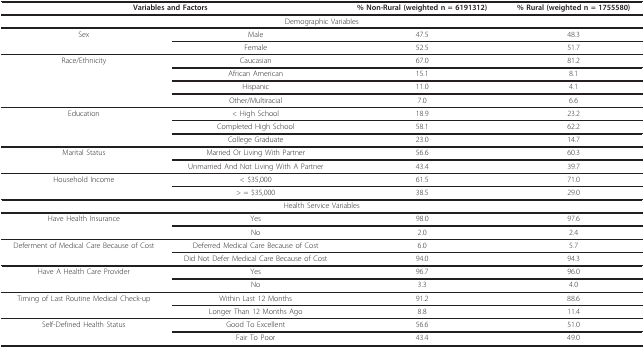
<table><thead><tr><td colspan="2"><b>Variables and Factors</b></td><td><b>% Non-Rural (weighted n = 6191312)</b></td><td><b>% Rural (weighted n = 1755580)</b></td></tr></thead><tbody><tr><td colspan="4">Demographic Variables</td></tr><tr><td>Sex</td><td>Male</td><td>47.5</td><td>48.3</td></tr><tr><td></td><td>Female</td><td>52.5</td><td>51.7</td></tr><tr><td>Race/Ethnicity</td><td>Caucasian</td><td>67.0</td><td>81.2</td></tr><tr><td></td><td>African American</td><td>15.1</td><td>8.1</td></tr><tr><td></td><td>Hispanic</td><td>11.0</td><td>4.1</td></tr><tr><td></td><td>Other/Multiracial</td><td>7.0</td><td>6.6</td></tr><tr><td>Education</td><td>&lt; High School</td><td>18.9</td><td>23.2</td></tr><tr><td></td><td>Completed High School</td><td>58.1</td><td>62.2</td></tr><tr><td></td><td>College Graduate</td><td>23.0</td><td>14.7</td></tr><tr><td>Marital Status</td><td>Married Or Living With Partner</td><td>56.6</td><td>60.3</td></tr><tr><td></td><td>Unmarried And Not Living With A Partner</td><td>43.4</td><td>39.7</td></tr><tr><td>Household Income</td><td>&lt; $35,000</td><td>61.5</td><td>71.0</td></tr><tr><td></td><td>&gt; = $35,000</td><td>38.5</td><td>29.0</td></tr><tr><td colspan="4">Health Service Variables</td></tr><tr><td>Have Health Insurance</td><td>Yes</td><td>98.0</td><td>97.6</td></tr><tr><td></td><td>No</td><td>2.0</td><td>2.4</td></tr><tr><td>Deferment of Medical Care Because of Cost</td><td>Deferred Medical Care Because of Cost</td><td>6.0</td><td>5.7</td></tr><tr><td></td><td>Did Not Defer Medical Care Because of Cost</td><td>94.0</td><td>94.3</td></tr><tr><td>Have A Health Care Provider</td><td>Yes</td><td>96.7</td><td>96.0</td></tr><tr><td></td><td>No</td><td>3.3</td><td>4.0</td></tr><tr><td>Timing of Last Routine Medical Check-up</td><td>Within Last 12 Months</td><td>91.2</td><td>88.6</td></tr><tr><td></td><td>Longer Than 12 Months Ago</td><td>8.8</td><td>11.4</td></tr><tr><td>Self-Defined Health Status</td><td>Good To Excellent</td><td>56.6</td><td>51.0</td></tr><tr><td></td><td>Fair To Poor</td><td>43.4</td><td>49.0</td></tr></tbody></table>